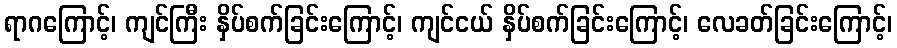
ရာဂကြောင့်၊ ကျင်ကြီး နှိပ်စက်ခြင်းကြောင့်၊ ကျင်ငယ် နှိပ်စက်ခြင်းကြောင့်၊ လေခတ်ခြင်းကြောင့်၊